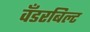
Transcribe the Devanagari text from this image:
वँडरबिल्ट